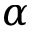
\alpha